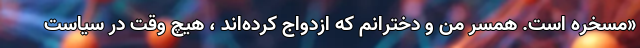
«مسخره است. همسر من و دخترانم که ازدواج کرده‌اند ،‌ هیچ وقت در سیاست